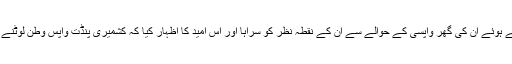
وفد نے میرواعظ کے خیالات اور تجاویز پر اطمینان کا اظہار کرتے ہوئے ان کی گھر واپسی کے حوالے سے ان کے نقطہ نظر کو سراہا اور اس امید کا اظہار کیا کہ کشمیری پنڈت واپس وطن لوٹنے کے بعد اطمینان و سکون کے ساتھ اپنی زندگیاں بسر کرسکیں گے۔